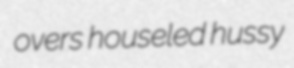
overs houseled hussy